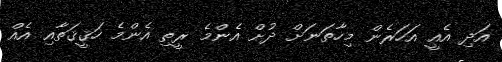
އަދި އެއީ އަހަރެން މިހާތަނަށް ދުށް އެންމެ ރީތި އެންމެ ހަޤީޤަތާއި އެއް